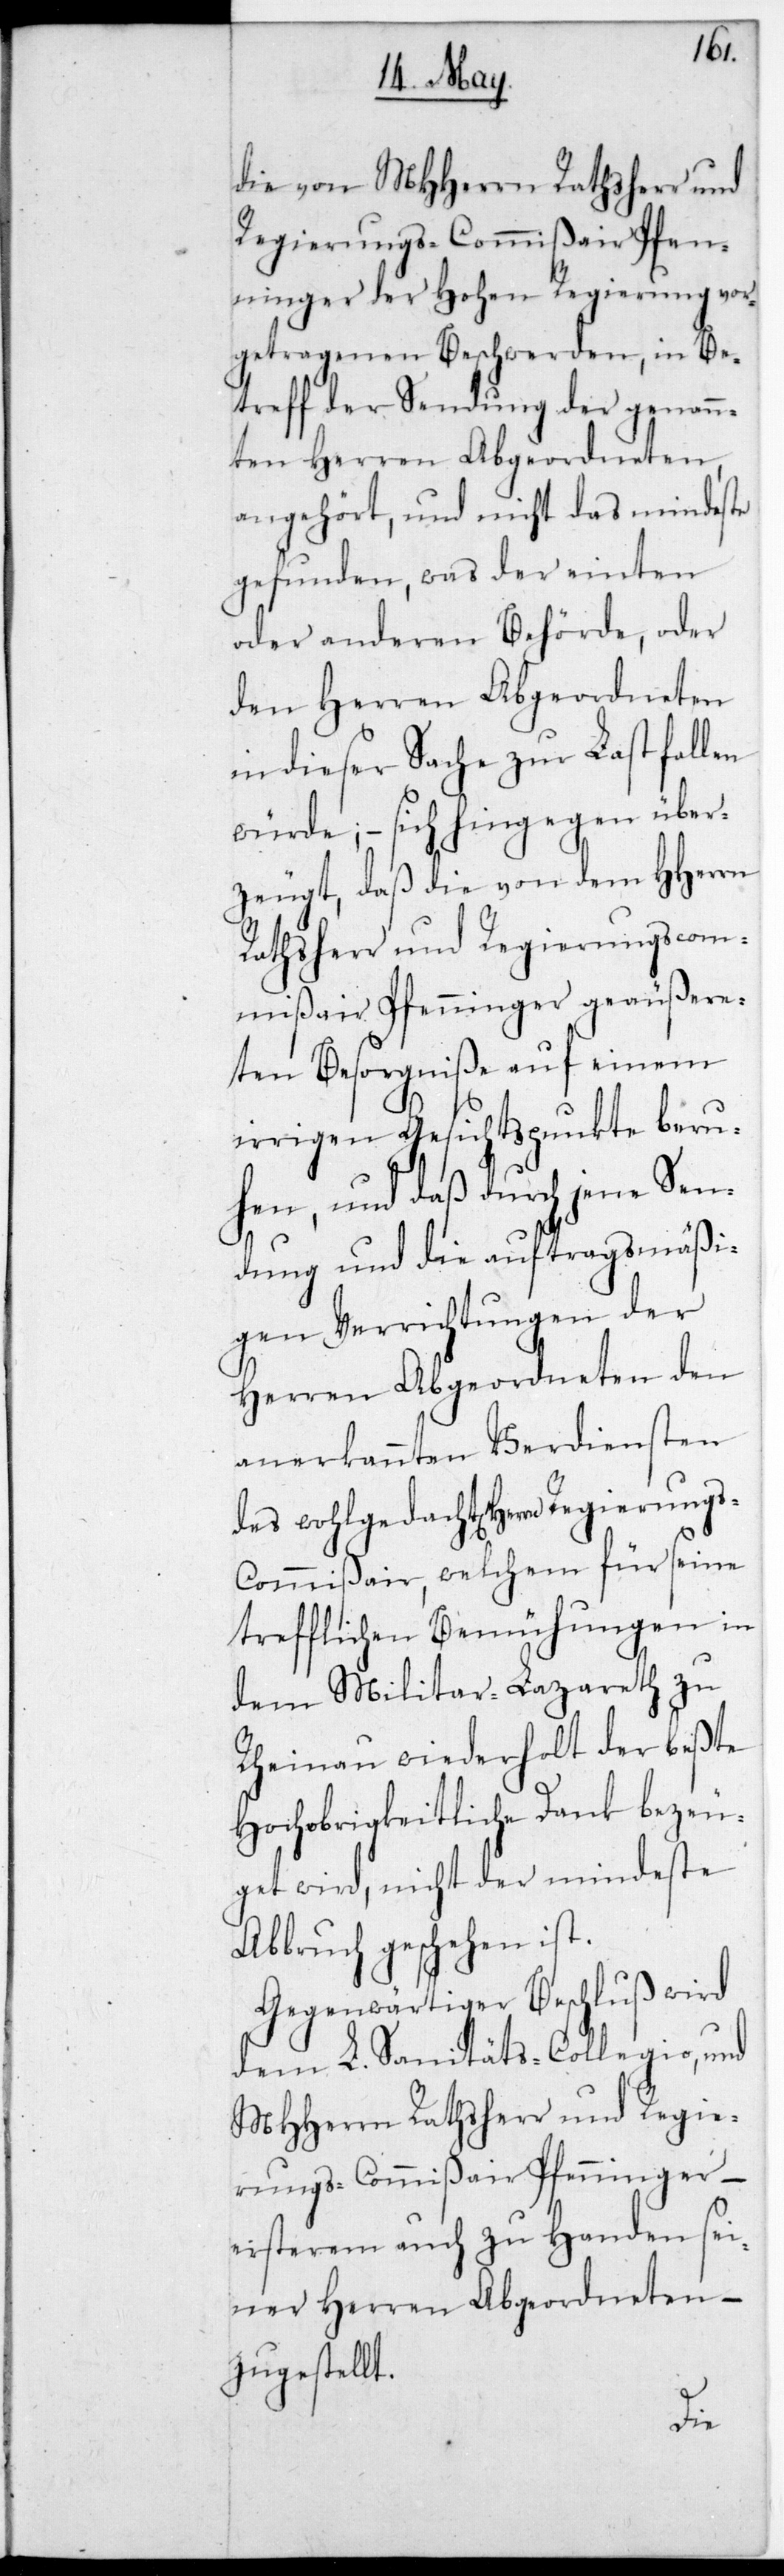
die von MHHerrn Rathsherr und
Regierungs-Commißair Pfen¬
ninger der Hohen Regierung vor¬
getragenen Beschwerden, in Be¬
treff der Sendung der genann¬
ten Herren Abgeordneten,
angehört, und nicht das Mindeste
gefunden, was der einten
oder anderen Behörde, oder
den Herren Abgeordneten
in dieser Sache zur Last fallen
würde; – sich hingegen über¬
zeugt, daß die von dem HHerrn
Rathsherr und Regierungscom¬
mißair Pfenninger geäußere¬
ten Besorgniße auf einem
irrigen Gesichtspunkte beru¬
hen, und daß durch jene Sen¬
dung und die auftragsmäßi¬
gen Verrichtungen der
Herren Abgeordneten den
anerkannten Verdiensten
des wohlgedachten Herrn Regierungs-C¬
ommißair, welchem für seine
trefflichen Bemühungen in
dem Militär-Lazareth zu
Rheinau wiederholt der beßte
Hochobrigkeitliche Dank bezeu¬
get wird, nicht der mindeste
Abbruch geschehen ist.
Gegenwärtiger Beschluß wird
dem L. Sanitäts-Collegio und
MHhern Rathsherr und Regie¬
rungscommißair Pfenninger –
ersterem auch zu Handen sei¬
ner Herren Abgeordneten –
zugestellt.